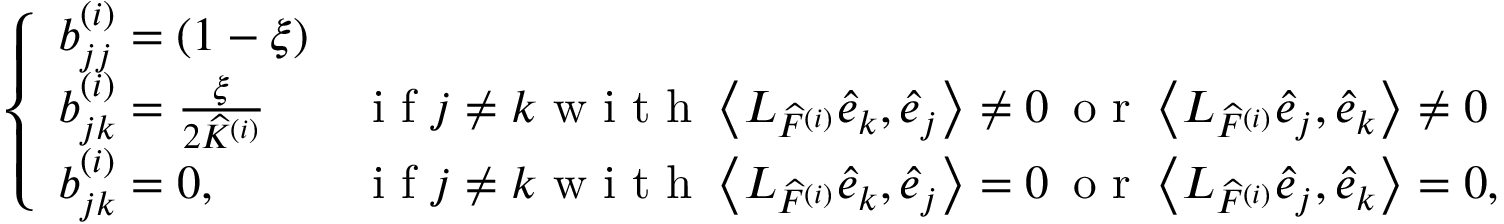
\left\{ \begin{array} { l l } { b _ { j j } ^ { ( i ) } = ( 1 - \xi ) } \\ { b _ { j k } ^ { ( i ) } = \frac { \xi } { 2 \widehat { K } ^ { ( i ) } } } & { \textrm { i f } j \neq k \textrm { w i t h } \left\langle L _ { \widehat { F } ^ { ( i ) } } \widehat { e } _ { k } , \widehat { e } _ { j } \right\rangle \neq 0 \, \textrm { o r } \left\langle L _ { \widehat { F } ^ { ( i ) } } \widehat { e } _ { j } , \widehat { e } _ { k } \right\rangle \neq 0 } \\ { b _ { j k } ^ { ( i ) } = 0 , } & { \textrm { i f } j \neq k \textrm { w i t h } \left\langle L _ { \widehat { F } ^ { ( i ) } } \widehat { e } _ { k } , \widehat { e } _ { j } \right\rangle = 0 \, \textrm { o r } \left\langle L _ { \widehat { F } ^ { ( i ) } } \widehat { e } _ { j } , \widehat { e } _ { k } \right\rangle = 0 , } \end{array} \right.